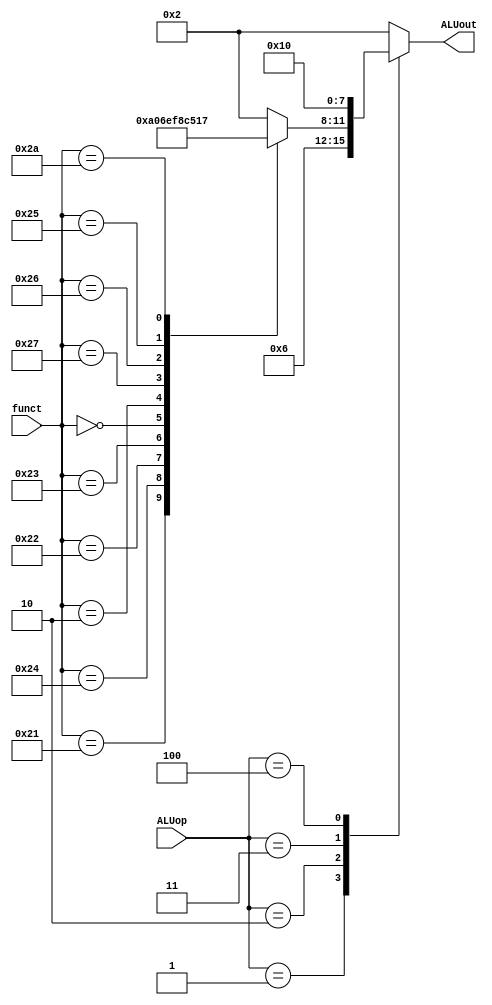
module ALUcontrol(ALUop,funct,ALUout);
		input [2:0] ALUop;
		input [5:0] funct;
		output reg [3:0] ALUout;
		
		always@(*)begin
		case(ALUop)
		3'b000: ALUout <= 4'b0010; // load and store ,the alu function is add so i can use this case to implement addi also  
		3'b001: ALUout <= 4'b0110;  // branch 
		3'b010:case(funct)    // R format 
				 6'b100000: ALUout <= 4'b0010; // add
				 6'b100001: ALUout <= 4'b1010; // add unsigned
				 6'b100100: ALUout <= 4'b0000; // and 
				 6'b100010: ALUout <= 4'b0110; // sub
				 6'b100011: ALUout <= 4'b1110; // sub unsigned 
				 6'b000000: ALUout <= 4'b1111; // sll
				 6'b000010: ALUout <= 4'b1000; // srl
				 6'b100111: ALUout <= 4'b1100; // NOR
				 6'b100110: ALUout <= 4'b0101; // XOR
				 6'b100101: ALUout <= 4'b0001; // OR
				 6'b101010: ALUout <= 4'b0111; //slt
				 default : ALUout <= 4'b0010;
				  endcase
		3'b011: ALUout <= 4'b0001; // ori
		3'b100: ALUout <= 4'b0000; // andi 
		default : ALUout <= 4'b0010;	
		endcase
		end
endmodule


//2'b11 : case(ori_and)
				  //1'b1 : ALUout = 4'b0001;      (another option) --> in this case we need to add new control signal to the main control 
		        //1'b0 : ALUout = 4'b0000;                           and this signal will be 1 when the inst is orri and 0 in other cases.